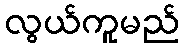
လွယ်ကူမည်